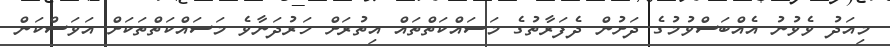
މިއަދު ވެވުނު އެއްބަސްވުމުގެ ދަށުން ދެފަރާތުގެ މަސައްކަތްތައް އިތުރަށް ހަރުދަނާވެ މަސައްކަތްތަކަށް އަވަސްކަން